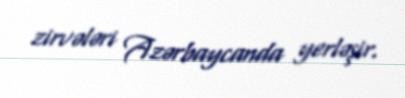
zirvələri Azərbaycanda yerləşir.